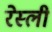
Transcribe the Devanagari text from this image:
रेस्ली